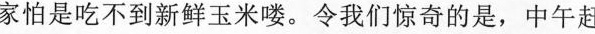
家怕是吃不到新鲜玉米喽。令我们惊奇的是，中午赶